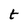
Character: t